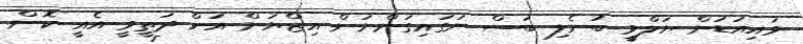
ވައިއަޑުން ޔަލްވީ ބުނެލި ބަސް ނަގައިގަންނަން އިޒްޔަން އަށް ދަތީވީ އެއީ ކޮން